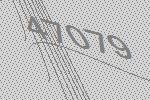
47079